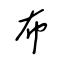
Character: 布